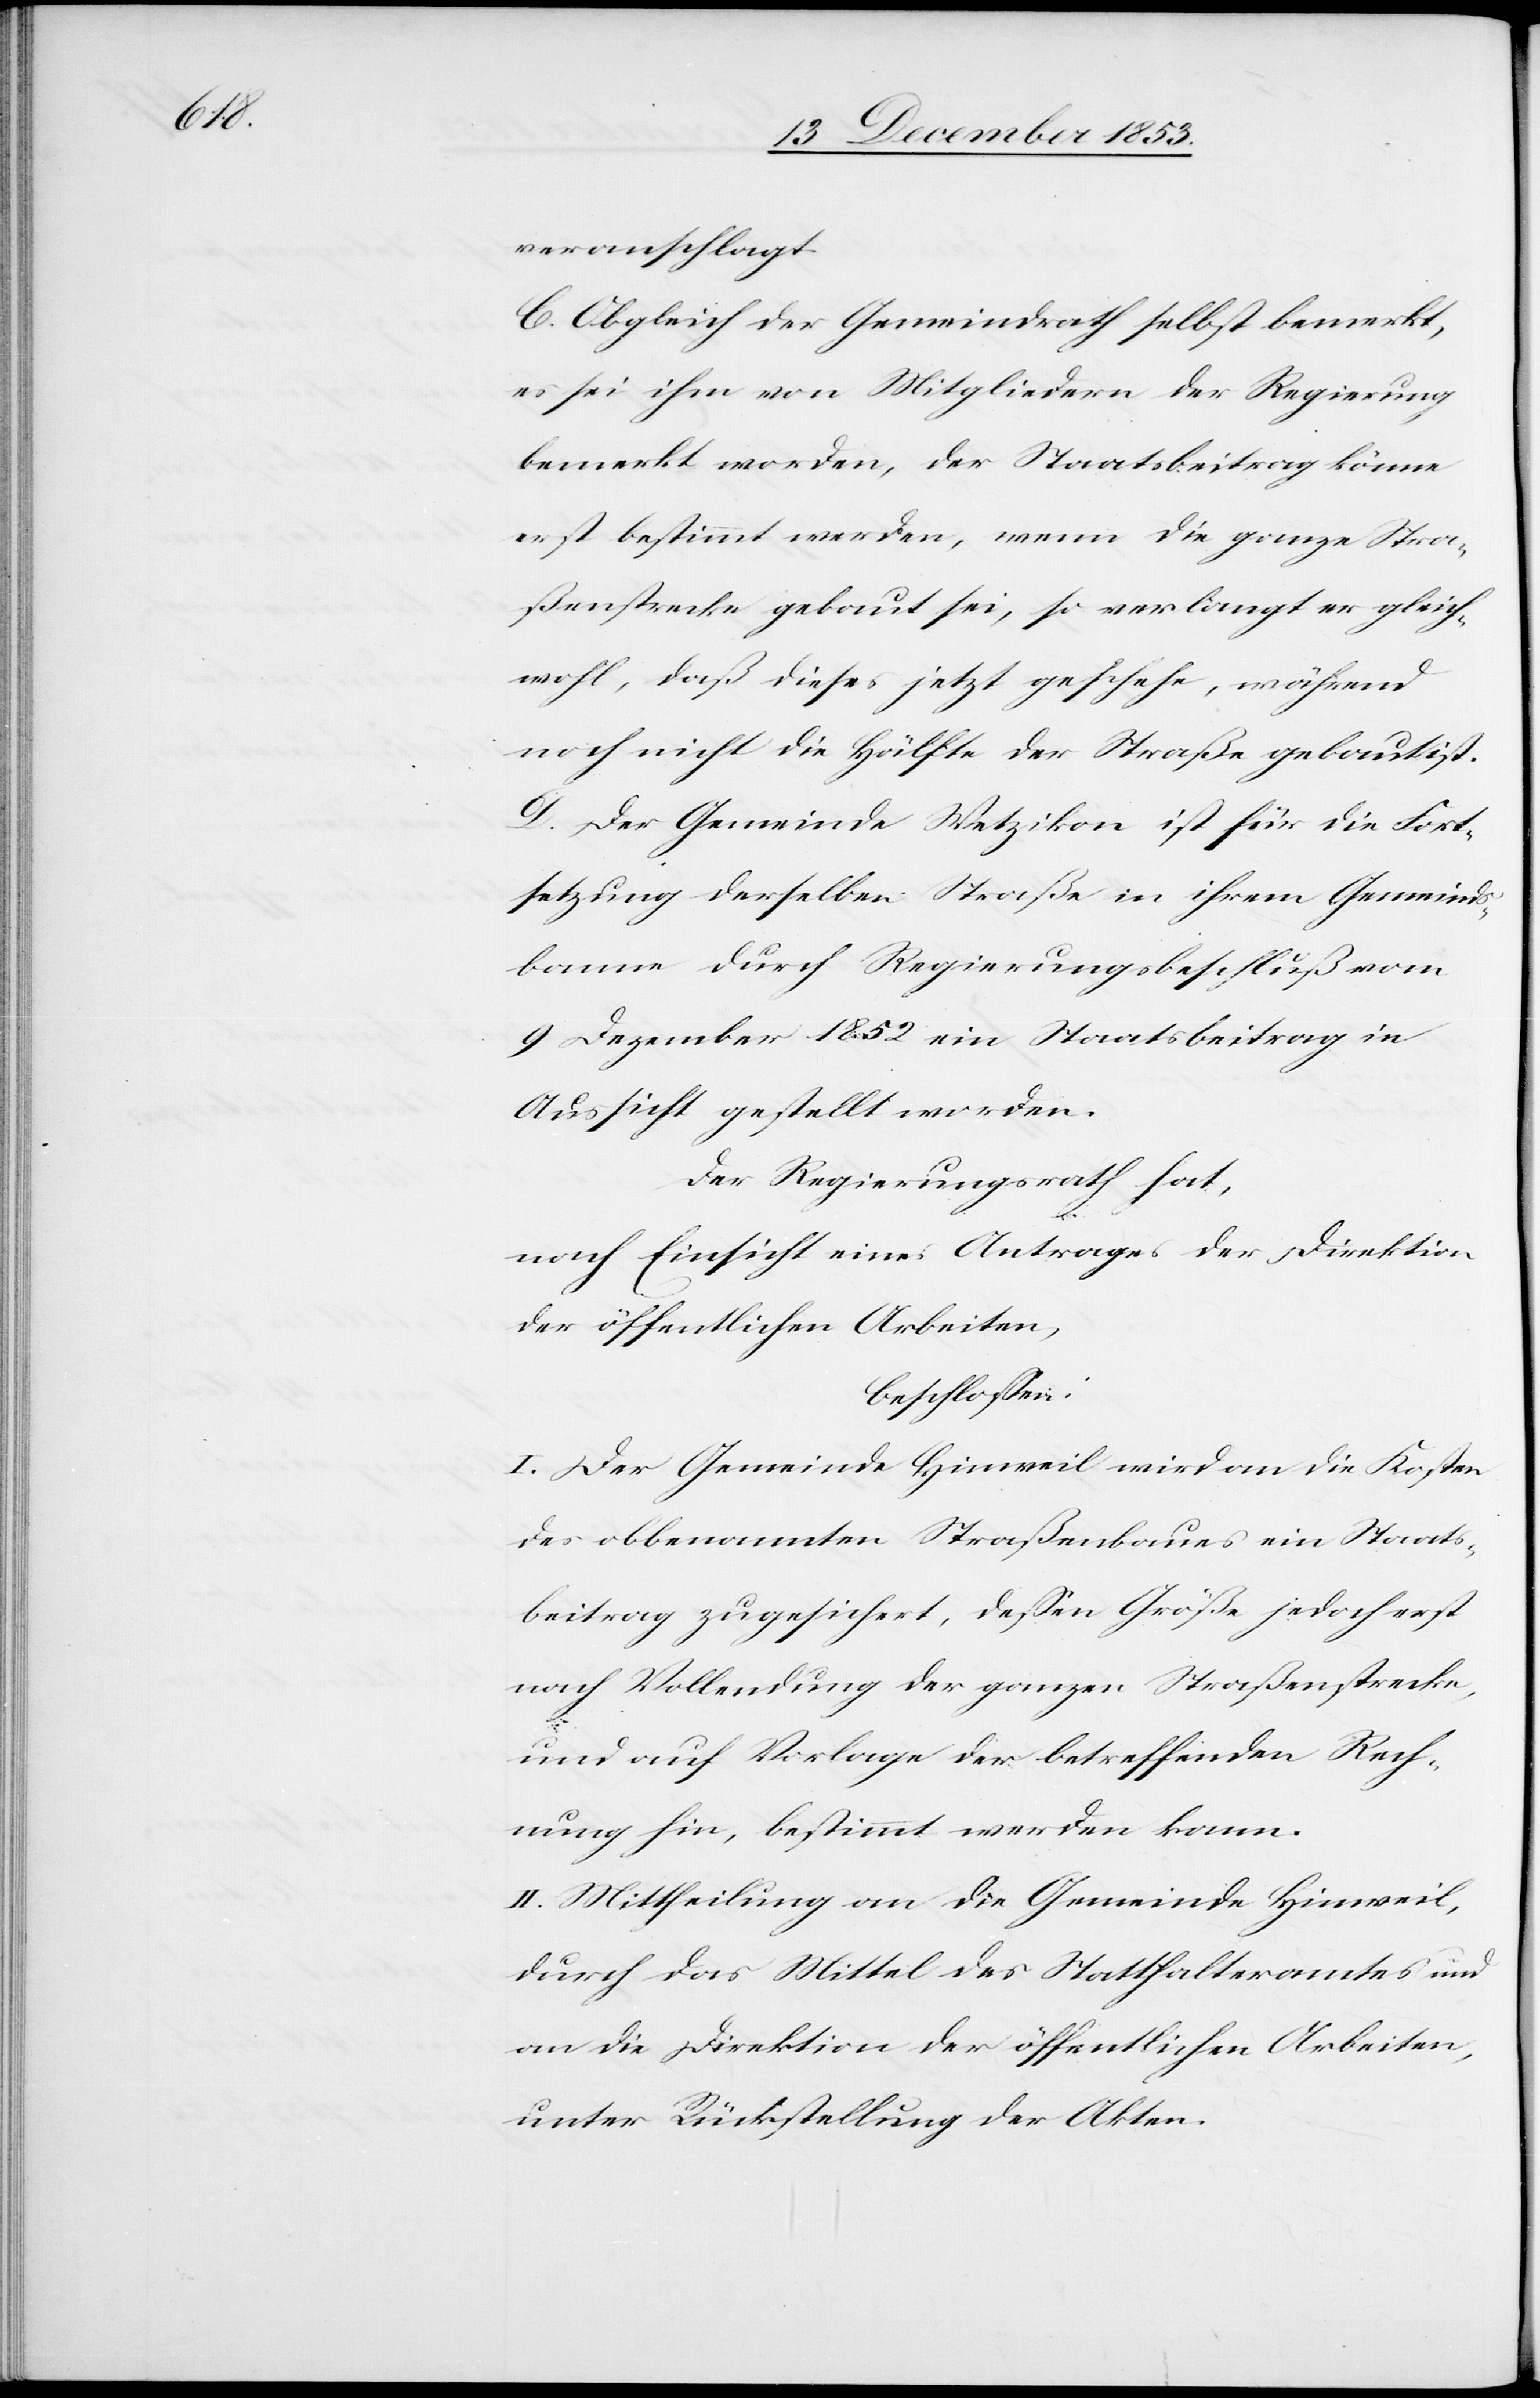
veranschlagt.
C. Obgleich der Gemeindrath selbst bemerkt,
es sei ihm von Mitgliedern der Regierung
bemerkt worden, der Staatsbeitrag könne
erst bestimmt werden, wenn die ganze Stra¬
ßenstrecke gebaut sei, so verlangt er gleich¬
wohl, daß dieses jetzt geschehe, während
noch nicht die Hälfte der Straße gebaut ist.
D. Der Gemeinde Wetzikon ist für die Fort¬
setzung derselben Straße in ihrem Gemeinds¬
banne durch Regierungsbeschluß vom
9 Dezember 1852 ein Staatsbeitrag in
Aussicht gestellt worden.
Der Regierungsrath hat,
nach Einsicht eines Antrages der Direktion
der öffentlichen Arbeiten,
beschloßen:
I. Der Gemeinde Hinweil wird an die Kosten
des obbenannten Straßenbaues ein Staats¬
beitrag zugesichert, deßen Größe jedoch erst
nach Vollendung der ganzen Straßenstrecke,
und auf Vorlage der betreffenden Rech¬
nung hin, bestimmt werden kann.
II. Mittheilung an die Gemeinde Hinweil,
durch das Mittel des Statthalteramtes und
an die Direktion der öffentlichen Arbeiten,
unter Rückstellung der Akten.